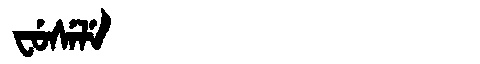
Manchu: ᠸᡠᠰᡝᠯᡝ
Romanization: FUSELE